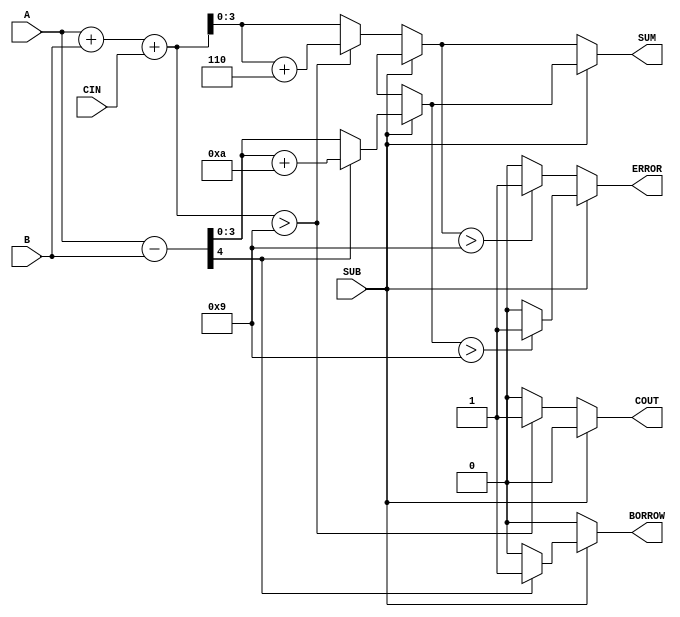
module BCD_Add_Subtracter (
    input  wire [3:0] A,         // First BCD digit
    input  wire [3:0] B,         // Second BCD digit
    input  wire SUB,             // Control signal for addition/subtraction
    input  wire CIN,             // Carry input for addition
    output reg  [3:0] SUM,       // Resulting BCD digit
    output reg  COUT,            // Carry output for addition
    output reg  BORROW,          // Borrow output for subtraction
    output reg  ERROR            // Error flag for invalid BCD output
);

    wire [4:0] binary_sum;       // 5-bit to accommodate carry
    wire [4:0] binary_diff;      // 5-bit for subtraction result

    // Compute binary sum
    assign binary_sum = A + B + CIN;

    // Compute binary difference
    assign binary_diff = {1'b0, A} - {1'b0, B}; // Extend A to 5 bits for subtraction

    always @(*) begin
        // Default outputs
        SUM = 4'b0000;
        COUT = 1'b0;
        BORROW = 1'b0;
        ERROR = 1'b0;

        if (SUB == 0) begin
            // Addition case
            if (binary_sum > 9) begin
                SUM = binary_sum + 6; // BCD correction
                COUT = 1'b1;           // Set carry out
            end else begin
                SUM = binary_sum[3:0]; // No correction needed
            end
            // Error detection for addition
            if (SUM > 9) begin
                ERROR = 1'b1;
            end
        end else begin
            // Subtraction case
            if (binary_diff[4] == 1'b1) begin
                // If the result is negative, apply correction
                SUM = binary_diff + 10; // Add 10 for BCD correction
                BORROW = 1'b1;          // Set borrow flag
            end else begin
                SUM = binary_diff[3:0]; // No correction needed
            end
            // Error detection for subtraction
            if (SUM > 9) begin
                ERROR = 1'b1;
            end
        end
    end
endmodule